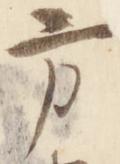
方